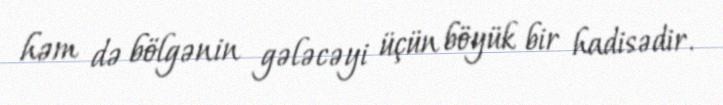
həm də bölgənin gələcəyi üçün böyük bir hadisədir.